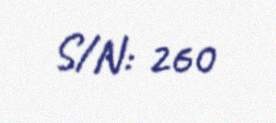
S/N: 260